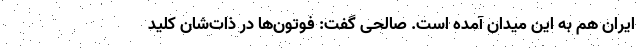
ایران هم به این میدان آمده است. صالحی گفت: فوتون‌ها در ذات‌شان کلید